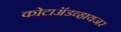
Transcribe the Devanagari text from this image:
कोटाॲडव्हायजर